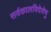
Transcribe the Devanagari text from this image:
सर्वकालविदेशेषु